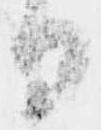
日